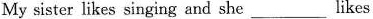
My sister likes singing and she ___ likes